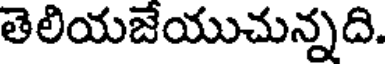
తెలియజేయుచున్నది.